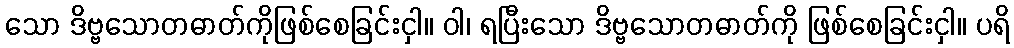
သော ဒိဗ္ဗသောတဓာတ်ကိုဖြစ်စေခြင်းငှါ။ ဝါ၊ ရပြီးသော ဒိဗ္ဗသောတဓာတ်ကို ဖြစ်စေခြင်းငှါ။ ပရိ